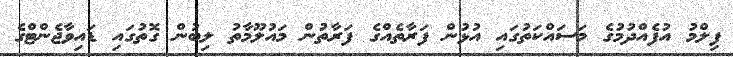
ފިލްމު އުފެއްދުމުގެ މަސައްކަތުގައި އުޅުން ފަރާތެއްގެ ފަރާތުން މައުލޫމާތު ލިބުން ގޮތުގައި ޑައިވާޖެންޓްގެ